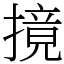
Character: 摬